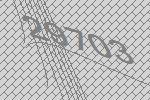
29703